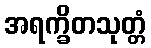
အရက္ခိတသုတ္တံ